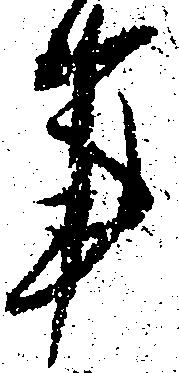
事